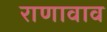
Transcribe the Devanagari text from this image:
राणावाव